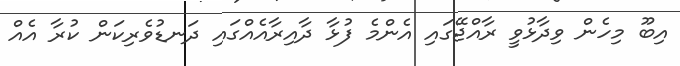
އިބޫ މިހެން ވިދާޅުވީ ރާއްޖޭގައި އެންމެ ފުޅާ ދާއިރާއެއްގައި ދަނޑުވެރިކަން ކުރާ އެއް